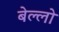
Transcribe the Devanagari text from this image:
बेल्लो